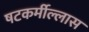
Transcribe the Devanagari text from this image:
षटकर्मील्लास